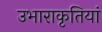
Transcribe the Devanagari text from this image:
उभाराकृतियां